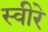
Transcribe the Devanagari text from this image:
स्वीरे